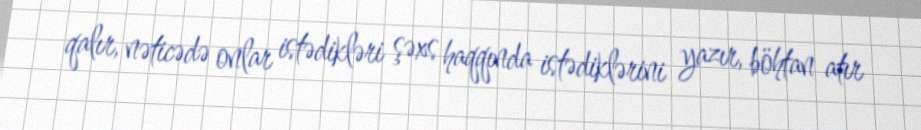
qalır, nəticədə onlar istədikləri şəxs haqqında istədiklərini yazır, böhtan atır